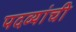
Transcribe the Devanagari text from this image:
पदव्यांची